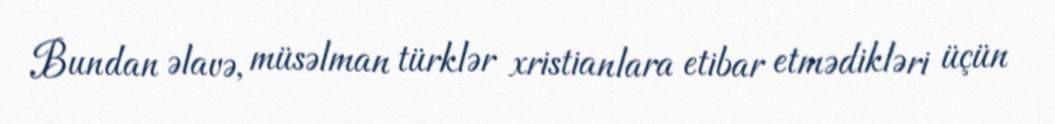
Bundan əlavə, müsəlman türklər xristianlara etibar etmədikləri üçün